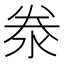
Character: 𬇦